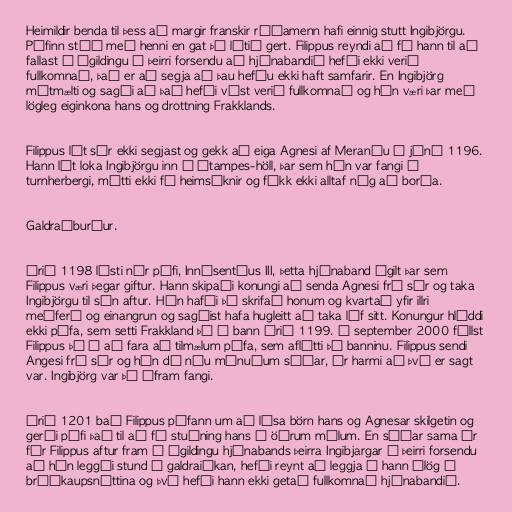
Heimildir benda til þess að margir franskir ráðamenn hafi einnig stutt Ingibjörgu.
Páfinn stóð með henni en gat þó lítið gert. Filippus reyndi að fá hann til að
fallast á ógildingu á þeirri forsendu að hjónabandið hefði ekki verið
fullkomnað, það er að segja að þau hefðu ekki haft samfarir. En Ingibjörg
mótmælti og sagði að það hefði víst verið fullkomnað og hún væri þar með
lögleg eiginkona hans og drottning Frakklands.

Filippus lét sér ekki segjast og gekk að eiga Agnesi af Meraníu í júní 1196.
Hann lét loka Ingibjörgu inn í Étampes-höll, þar sem hún var fangi í
turnherbergi, mátti ekki fá heimsóknir og fékk ekki alltaf nóg að borða.

Galdraáburður.

Árið 1198 lýsti nýr páfi, Innósentíus III, þetta hjónaband ógilt þar sem
Filippus væri þegar giftur. Hann skipaði konungi að senda Agnesi frá sér og taka
Ingibjörgu til sín aftur. Hún hafði þá skrifað honum og kvartað yfir illri
meðferð og einangrun og sagðist hafa hugleitt að taka líf sitt. Konungur hlýddi
ekki páfa, sem setti Frakkland þá í bann árið 1199. Í september 2000 féllst
Filippus þó á að fara að tilmælum páfa, sem aflétti þá banninu. Filippus sendi
Angesi frá sér og hún dó níu mánuðum síðar, úr harmi að því er sagt
var. Ingibjörg var þó áfram fangi.

Árið 1201 bað Filippus páfann um að lýsa börn hans og Agnesar skilgetin og
gerði páfi það til að fá stuðning hans í öðrum málum. En síðar sama ár
fór Filippus aftur fram á ógildingu hjónabands þeirra Ingibjargar á þeirri forsendu
að hún leggði stund á galdraiðkan, hefði reynt að leggja á hann álög á
brúðkaupsnóttina og því hefði hann ekki getað fullkomnað hjónabandið.